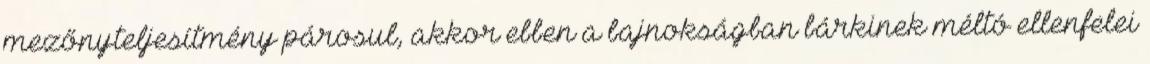
mezőnyteljesítmény párosul, akkor ebben a bajnokságban bárkinek méltó ellenfelei